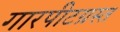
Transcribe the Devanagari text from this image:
गारपीटग्रस्त